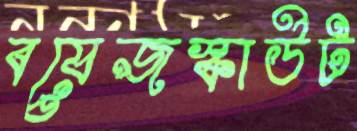
বয়েজস্কাউট